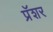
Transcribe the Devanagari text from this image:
प्रॅशर